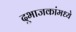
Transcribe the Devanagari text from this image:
दुभाजकांमध्ये